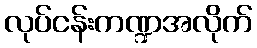
လုပ်ငန်းကဏ္ဍအလိုက်